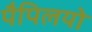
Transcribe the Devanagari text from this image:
पैपिलयो